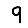
Digit: 9